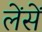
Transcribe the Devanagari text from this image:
लेंसें